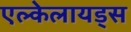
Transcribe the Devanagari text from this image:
एल्केलायड्स